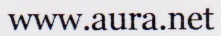
www.aura.net